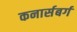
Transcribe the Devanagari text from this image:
कनार्सबर्ग